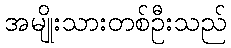
အမျိုးသားတစ်ဦးသည်